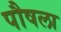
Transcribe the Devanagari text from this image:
पौषला